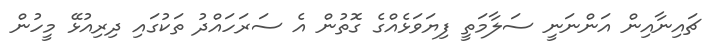
ޗައިނާއިން އަންނަނީ ސަލާމަތީ ފިޔަވަޅެއްގެ ގޮތުން އެ ސަރަހައްދު ތަކުގައި ދިރިއުޅޭ މީހުން